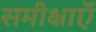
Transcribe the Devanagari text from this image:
समीक्षाऍं